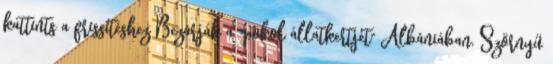
kattints a frissítéshez Bezárják a "pokol állatkertjét" Albániában. Szörnyű